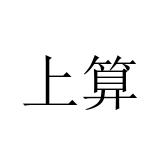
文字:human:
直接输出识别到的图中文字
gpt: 上算